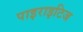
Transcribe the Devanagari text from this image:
पाइराइटिज